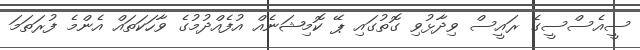
ސީއެސްސީގެ ރައީސް ވިދާޅުވި ގޮތުގައި ޕޭ ކޮމިޝަނެއް އުފެއްދުމުގެ ވާހަކަތައް އެންމެ ފުރަތަމަ